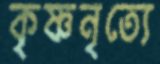
কৃষ্ণনৃত্যে